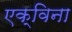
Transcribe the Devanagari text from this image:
एक्विना